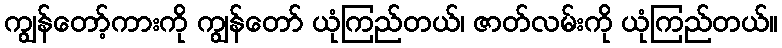
ကျွန်တော့်ကားကို ကျွန်တော် ယုံကြည်တယ်၊ ဇာတ်လမ်းကို ယုံကြည်တယ်။